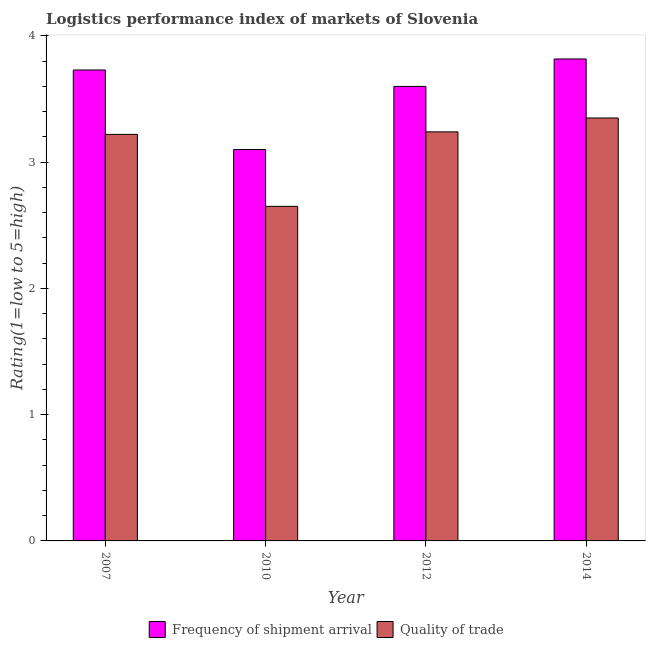
| Year | Frequency of shipment arrival | Quality of trade |
 | --- | --- | --- |
 | 2007 | 3.73 | 3.22 |
 | 2010 | 3.1 | 2.65 |
 | 2012 | 3.6 | 3.24 |
 | 2014 | 3.82 | 3.35 |